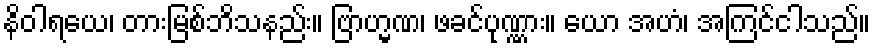
နိဝါရယေ၊ တားမြစ်ဘိသနည်း။ ဗြာဟ္မဏ၊ ဖခင်ပုဏ္ဏား။ ယော အဟံ၊ အကြင်ငါသည်။